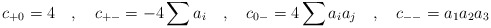
\begin{align*}c_{+0} = 4 \quad ,\quad c_{+-} = -4 \sum a_i \quad ,\quad c_{0-}= 4 \sum a_i a_j \quad ,\quad c_{--} = a_1 a_2 a_3\end{align*}